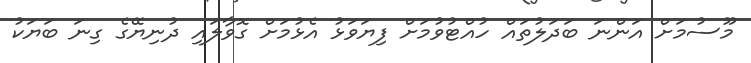
މޫސުމަށް އަންނަ ބަދަލުތައް ހުއްޓުވުމަށް ފިޔަވަޅު އެޅުމަށް ގޮވާލައި ދުނިޔޭގެ ގިނަ ބަޔަކު